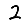
Digit: 2